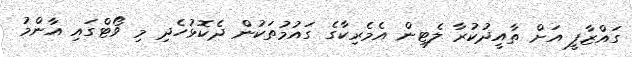
ގައްޒާފީ އަށް ތާއީދުކުރާ ލެޓިން އެމެރިކާގެ ގައުމުތަކުން ދެކޮޅުހެދި މި ވޯޓްގައި އާންމު